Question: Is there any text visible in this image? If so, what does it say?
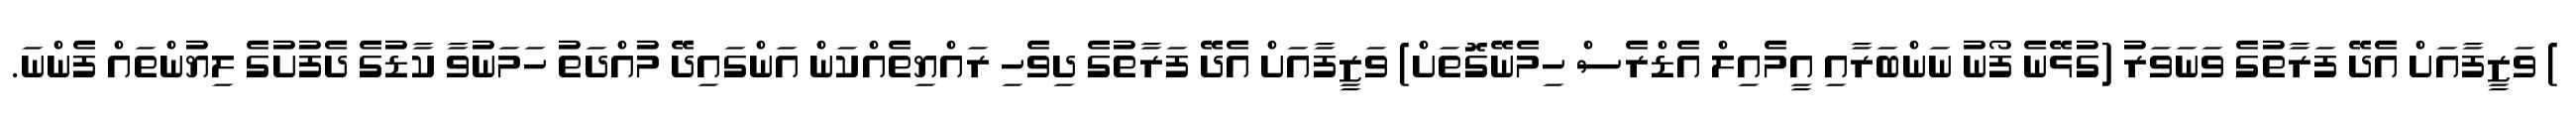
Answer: ) ވަޒީފާއަށް އެދޭ ފަރާތުގެ ވަނަވަރު (ގުޅޭނެ ފޯނު ނަންބަރާއި އީމެއިލް އެޑްރެސް ހިމެނޭގޮތަށް) ވަޒީފާއަށް އެދޭ ފަރާތުގެ ދިވެހި ރައްޔިތެއްކަން އަންގައިދޭ މުއްދަތު ހަމަނުވާ ކާޑުގެ ދެފުށުގެ ލިޔުންތައް ފެންނަ.